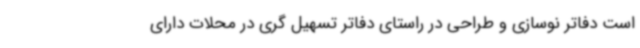
است دفاتر نوسازی و طراحی در راستای دفاتر تسهیل گری در محلات دارای